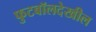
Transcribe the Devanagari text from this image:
फुटबॉलदेखील